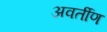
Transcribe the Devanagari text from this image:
अवर्तीण